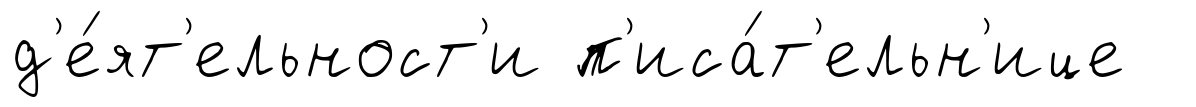
д'е́ят'ельност'и п'иса́т'ельн'ице